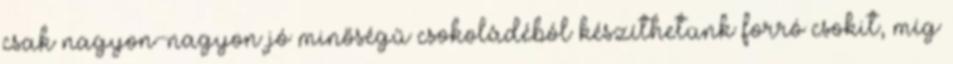
csak nagyon-nagyon jó minőségű csokoládéból készíthetünk forró csokit, míg